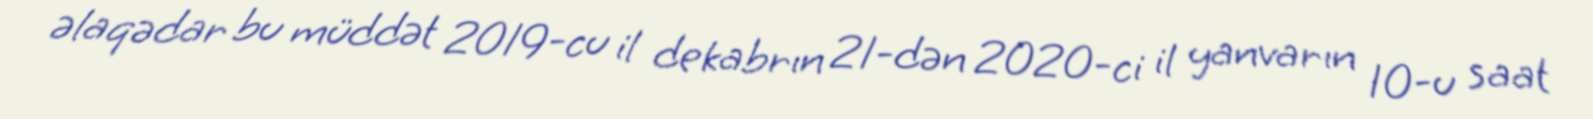
əlaqədar bu müddət 2019-cu il dekabrın 21-dən 2020-ci il yanvarın 10-u saat